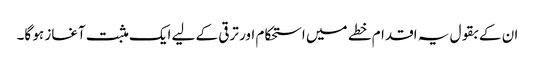
ان کے بقول یہ اقدام خطے میں استحکام اور ترقی کے لیے ایک مثبت آغاز ہو گا۔